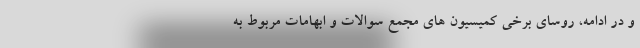
و در ادامه، روسای برخی کمیسیون های مجمع سوالات و ابهامات مربوط به